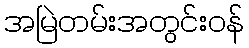
အမြဲတမ်းအတွင်းဝန်